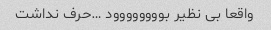
واقعا بی نظیر بوووووووود …حرف نداشت